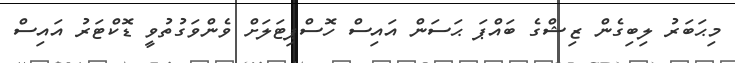
މިޙަބަރު ލިބިގެން ޒިޝްގެ ބައްޕަ ޙަސަން އައިސް ހޮސްޕިޓަލަށް ވެންވަގުތުވީ ޑޮކްޓަރު އައިސް